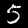
Digit: 5